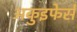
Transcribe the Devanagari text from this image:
अकुइफेर्स